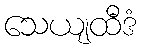
သေယျထီဒံ